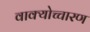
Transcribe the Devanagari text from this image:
वाक्योच्चारण